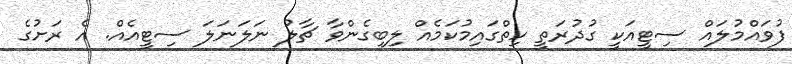
ފުވައްމުލައް ސިޓީއަކީ ގުދުރަތީ ހިތްގައިމުކަމެއް ލިބިގެންވާ ޗާލު ނަލަނަލަ ސިޓީއެއް. އެ ރަށުގެ